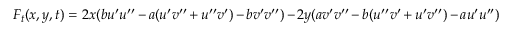
F _ { t } ( x , y , t ) = 2 x ( b u ^ { \prime } u ^ { \prime \prime } - a ( u ^ { \prime } v ^ { \prime \prime } + u ^ { \prime \prime } v ^ { \prime } ) - b v ^ { \prime } v ^ { \prime \prime } ) - 2 y ( a v ^ { \prime } v ^ { \prime \prime } - b ( u ^ { \prime \prime } v ^ { \prime } + u ^ { \prime } v ^ { \prime \prime } ) - a u ^ { \prime } u ^ { \prime \prime } )